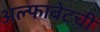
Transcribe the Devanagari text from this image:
अल्फाबेटची